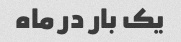
یک بار در ماه